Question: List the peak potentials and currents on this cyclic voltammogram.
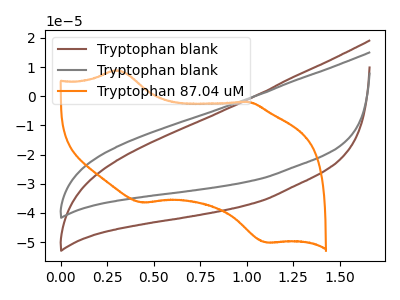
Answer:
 <answer>The brown curve "Tryptophan blank" has no peaks. The gray curve "Tryptophan blank" has no peaks. The orange curve "Tryptophan 87.04 uM" has anodic peaks at (0.30V, 8.90uA) (1.00V, -1.95uA) and cathodic peaks at (0.45V, -36.45uA) (1.10V, -50.15uA).</answer>
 <eval></eval>